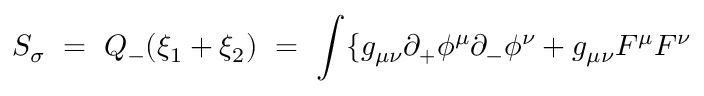
S _ { \sigma } ~ = ~ Q _ { - } ( \xi _ { 1 } + \xi _ { 2 } ) ~ = ~ \int \{ g _ { \mu \nu } \partial _ { + } \phi ^ { \mu } \partial _ { - } \phi ^ { \nu } + g _ { \mu \nu } F ^ { \mu } F ^ { \nu }